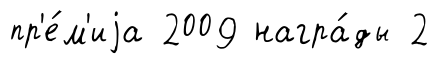
пр'е́м'иjа 2009 награ́ды 2